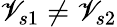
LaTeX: \mathscr{V}_{s1}\neq\mathscr{V}_{s2}